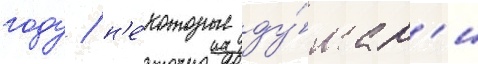
году / н'е́которые ду́мал'и